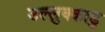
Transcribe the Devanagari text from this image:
उल्लुक्काडु